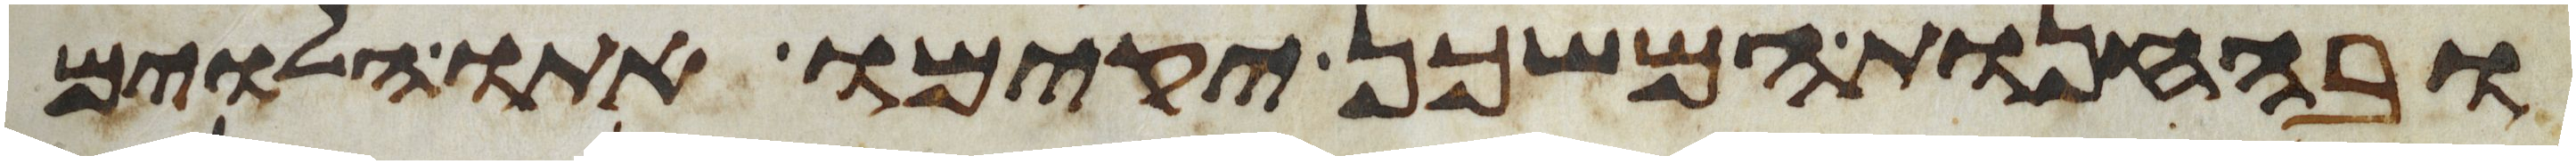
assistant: ובהחנות המשכן יקימו אתו הלוים